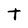
Character: T